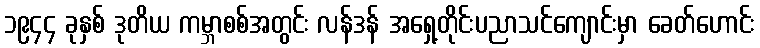
၁၉၄၄ ခုနှစ် ဒုတိယ ကမ္ဘာစစ်အတွင်း လန်ဒန် အရှေ့တိုင်းပညာသင်ကျောင်းမှာ ခေတ်ဟောင်း